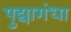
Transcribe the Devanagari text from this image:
पुद्यागंधा